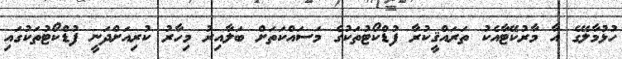
ހުޅުމާލޭގެ އާ މާރުކޭޓާއެކު ތަރައްޤީކުރާ ފުޑްކޯޓުތަކުގެ މަސައްކަތަށް ބަލާއިރު މިހާރު ކުރިއަށްދަނީ ފުޑްކޯޓުތަކުގައި